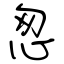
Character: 怱